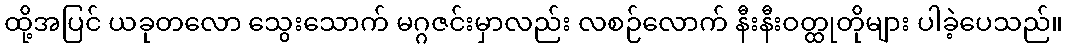
ထို့အပြင် ယခုတလော သွေးသောက် မဂ္ဂဇင်းမှာလည်း လစဉ်လောက် နီးနီးဝတ္ထုတိုများ ပါခဲ့ပေသည်။